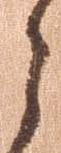
之